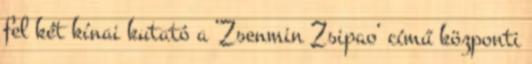
fel két kínai kutató a ’Zsenmin Zsipao’ című központi